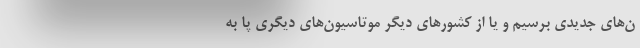
ن‌‌های جدیدی برسیم و یا از کشورهای دیگر موتاسیون‌‌های دیگری پا به